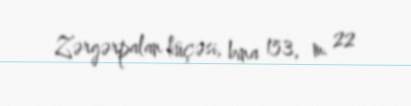
Zərgərpalan küçəsi, bina 153, m. 22